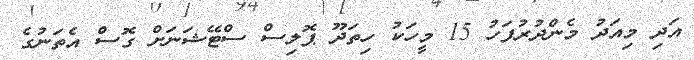
އަދި މިއަދު މެންދުރުފަހު 15 މީހަކު ހިތަދޫ ޕޮލިސް ސްޓޭޝަނަށް ގޮސް އެތަނުގެ